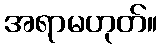
အရာမဟုတ်။